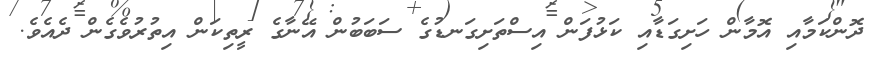
ދޮންކަމާއި އޮމާން ހަށިގަޑާއި ކަޅުފަން އިސްތަށިގަނޑުގެ ސަބަބުން އޭނާގެ ރީތިކަން އިތުރުވެގެން ދެއެވެ.